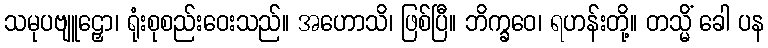
သမုပဗျူဠှော၊ ရုံးစုစည်းဝေးသည်။ အဟောသိ၊ ဖြစ်ပြီ။ ဘိက္ခဝေ၊ ရဟန်းတို့။ တသ္မိံ ခေါ ပန